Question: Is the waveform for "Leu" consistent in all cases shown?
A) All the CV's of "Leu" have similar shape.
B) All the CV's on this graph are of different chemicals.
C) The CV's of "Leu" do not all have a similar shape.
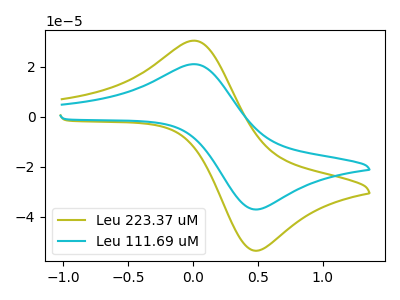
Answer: <think>The olive curve "Leu 223.37 uM" has an anodic peak at (0.00V, 30.55uA) and a cathodic peak at (0.50V, -53.40uA). The cyan curve "Leu 111.69 uM" has an anodic peak at (0.00V, 21.15uA) and a cathodic peak at (0.50V, -36.95uA).
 All the peaks in "Leu 223.37 uM" have a peak in "Leu 111.69 uM" at the same potential. Every peak in "Leu 223.37 uM" is higher than every peak in "Leu 111.69 uM".</think>
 <answer>A) All the CV's of "Leu" have similar shape.</answer>
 <eval>A</eval>